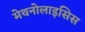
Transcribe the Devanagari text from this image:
मेथनोलाइसिस